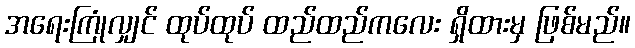
အရေးကြုံလျှင် ထုပ်ထုပ် ထည်ထည်ကလေး ရှိထားမှ ဖြစ်မည်။